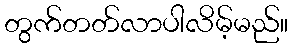
တွက်တတ်လာပါလိမ့်မည်။